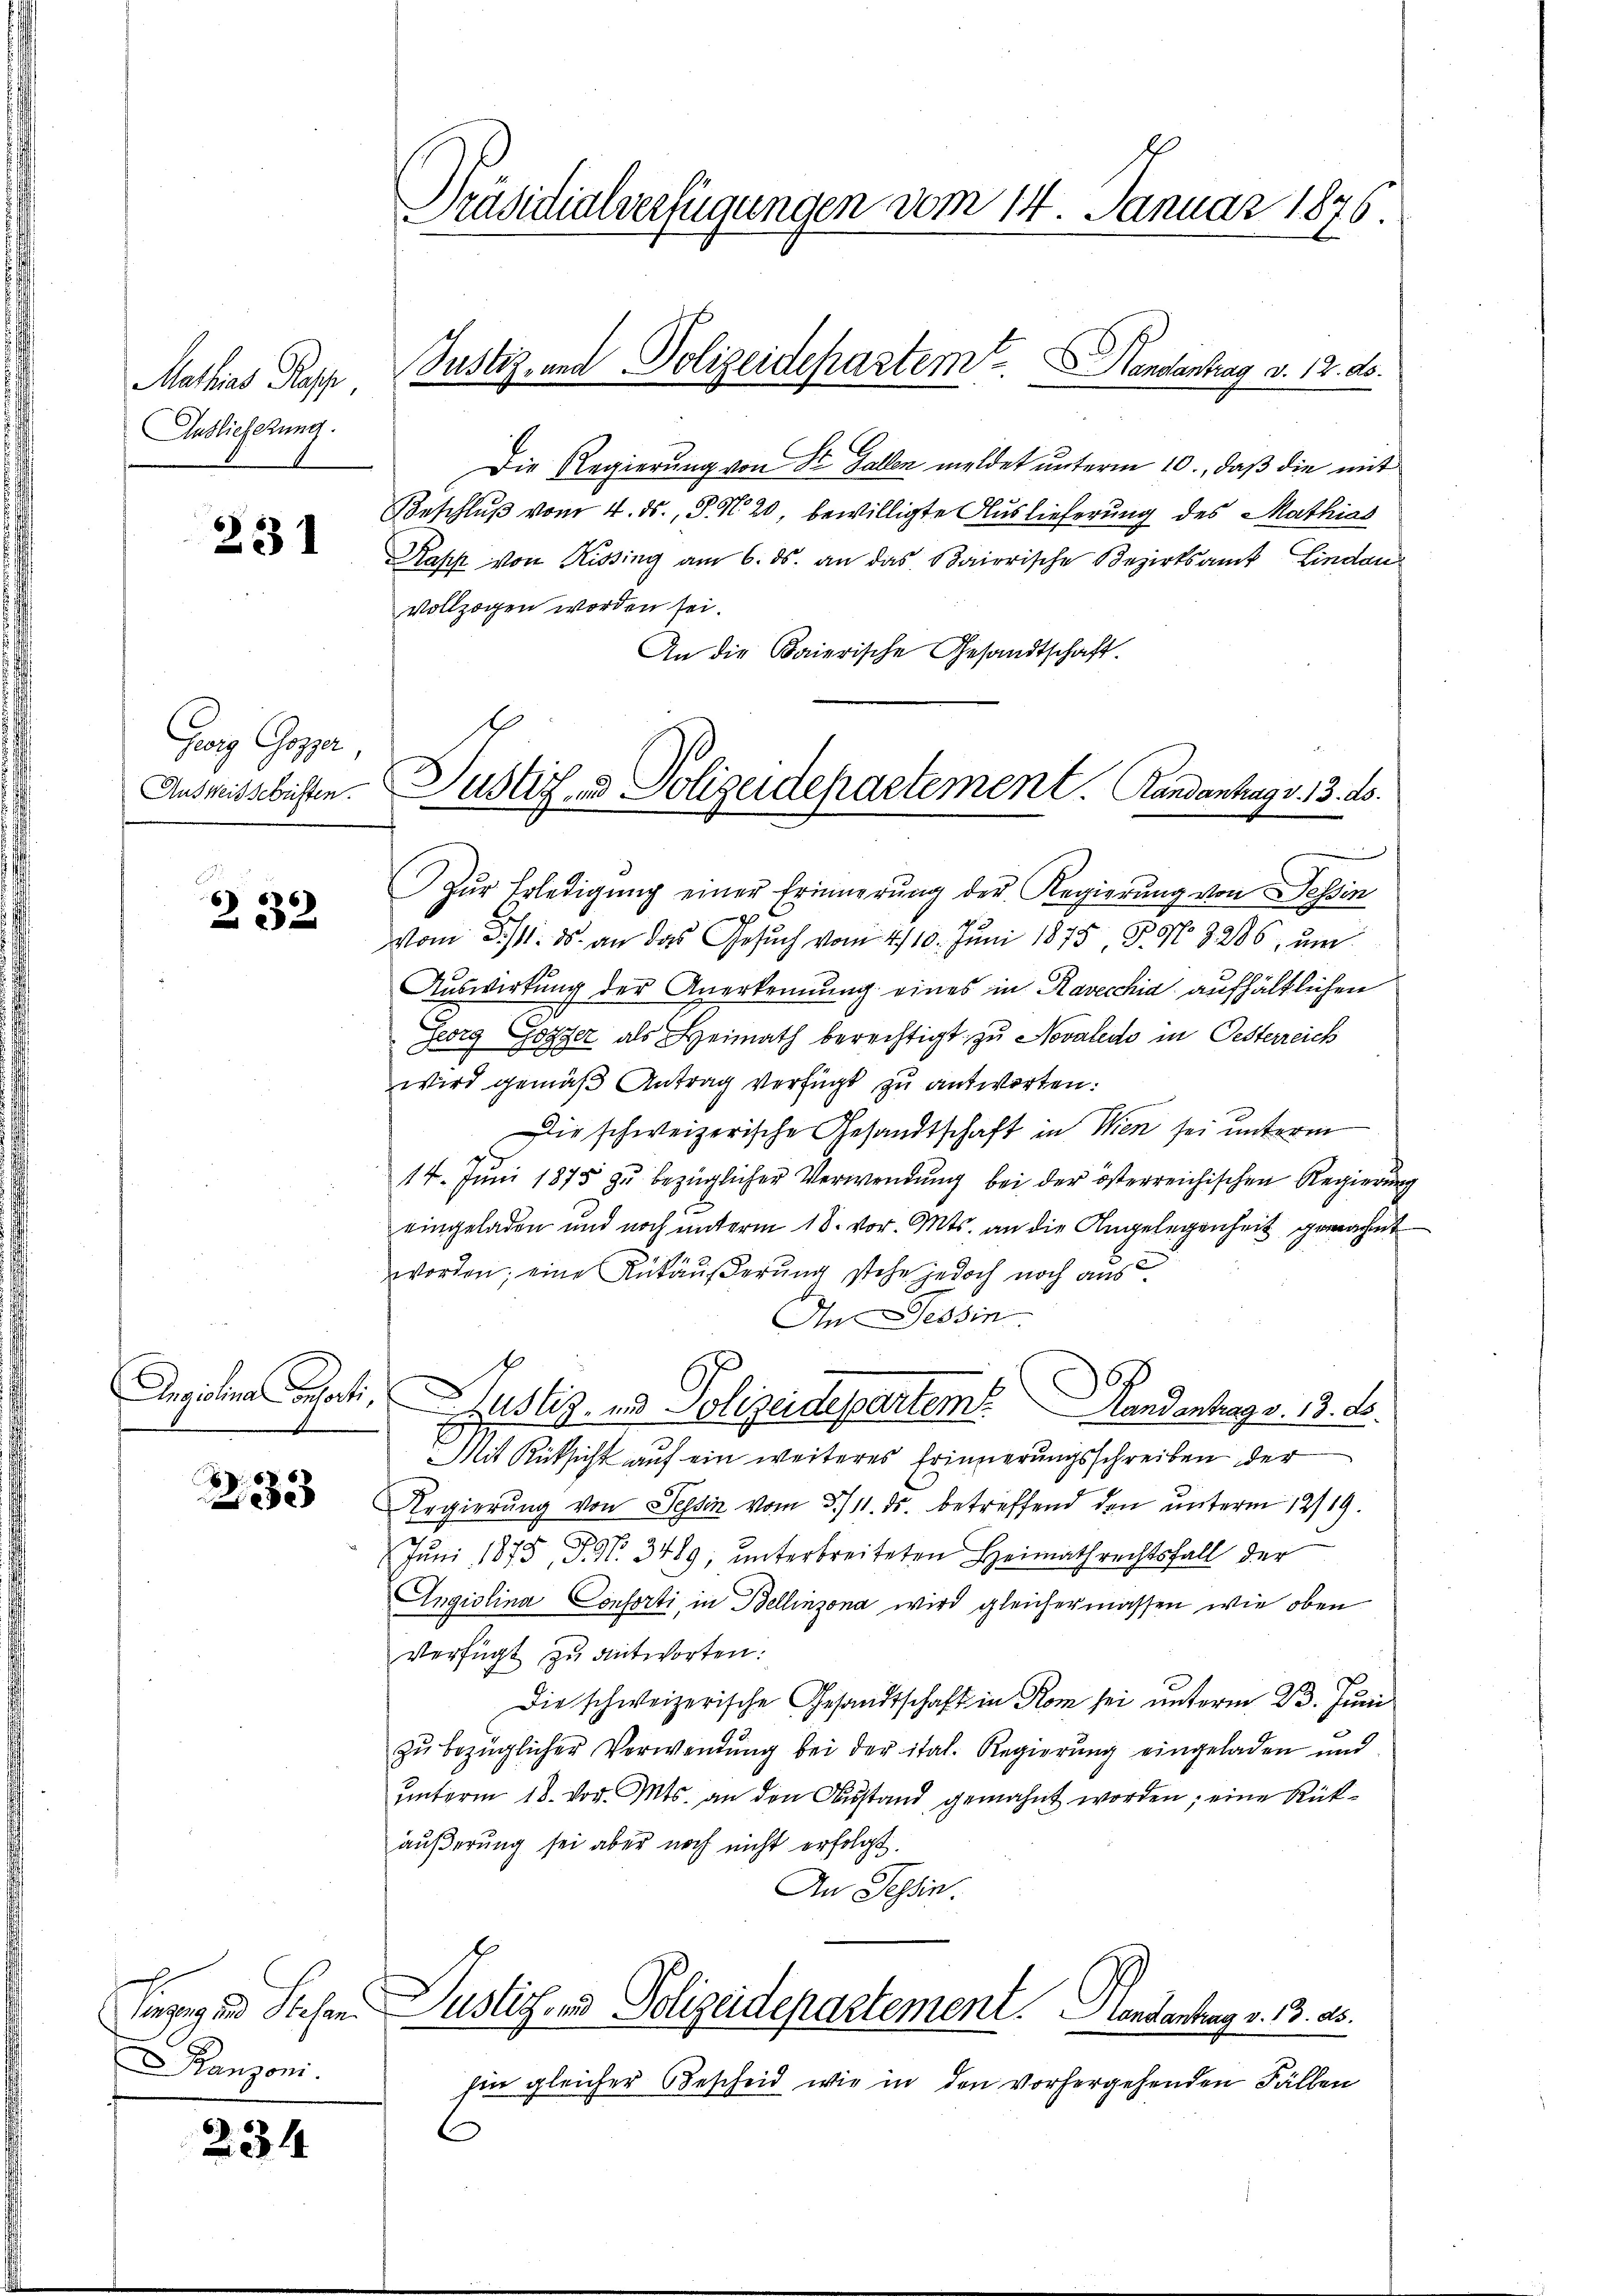
Mathias Rapp,
Auslieferung.

231

Georg Gossar,
Ausweisschriften.

232

B
33

anzoni.

234

Präsidialverfügungen vom 14. Januar 1876.

Justiz- und Polizeidepartem Handantrag v. 12. ds.

Justiz- & Polizeidepartement. Handantrag v. 13. ds.

Die Regierung von Sr. Gallen meldet unterm 10., daß die mit
Beschluß vom 4. ds., S. 20, bewilligte Auslieferung des Mathias
Rasch von Kissing am 6. ds. an das Baierische Bezirksamt Lindau
vollzogen worden sei.
An die Baierische Gesandtschaft.
Zŭr Erledigŭng einer Erinnerung der Regierung von Tessin
vom 3./4. ds. an das Gesŭch vom 2/10. Jŭni 1875, P. No 8286, ŭm
Auswirkung der Anerkennung eines in Ravecchia aufhältlichen
Georg Gogger als Heimath berechtigt zu Novalido in Oesterreich
wird gemäß Antrag verfügt zu antworten:
Die schweizerische Gesandtschaft in Wien sei unterm
14. Juni 1875 zu bezüglicher Verwendung bei der österreichischen Regierung
eingeladen und noch unterm 18. vor. Mts. an die Angelegenheit gemachet
worden; eine Rükäußerung stehe jedoch noch aus
In Tessin
Angiolina behalter Justiz- und Polizeidepartem Handentrags. 13. ds.
Mit Rücksicht auf ein weiteres Erinnerungsschreiben der
Regierŭng von Tessin vom 3./11. ds. betreffend den unterm 12/19.
Jŭni 1875, P. Nr. 3489, unterbreiteten Heimathrechtsfall der
Angiolina Consorti in Bellinzona wird gleichermassen wie oben
Verfügt zu antworten:
Die schweizerische Gesandtschaft in Rom sei unterm 23. Juni
zŭ bezüglicher Verwendung bei der ital. Regierung eingeladen und
unterm 18. vor. Mts. an den Ausstand gemahnt worden; eine Rükäußerung sei aber noch nicht erfolgt.
An Tessin.
Einzig und Stehen. Justiz- und Polizeidepartement. Handentrag v. 13. ds.
für gleicher Bescheid wie in den vorhergehenden Fällen
C